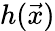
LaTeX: h(\vec{x})